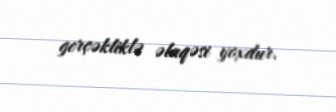
gerçəkliklə əlaqəsi yoxdur.